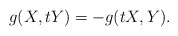
\begin{align*} g(X,tY)=-g(tX,Y). \end{align*}